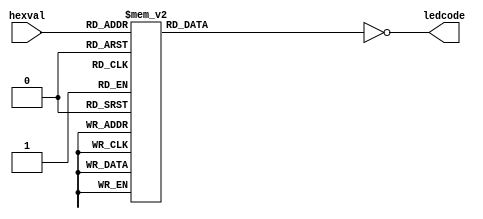
module hex2leds(
	input [3:0] hexval,
	output [6:0] ledcode);
	
	reg [6:0] lc;
	assign ledcode = ~lc;
	
	always @(*)
	    case (hexval)
			4'h0: lc <= 7'b0111111;
			4'h1: lc <= 7'b0000110;
			4'h2: lc <= 7'b1011011;
			4'h3: lc <= 7'b1001111;
			4'h4: lc <= 7'b1100110;
			4'h5: lc <= 7'b1101101;
			4'h6: lc <= 7'b1111101;
			4'h7: lc <= 7'b0000111;
			4'h8: lc <= 7'b1111111;
			4'h9: lc <= 7'b1101111;
			4'hA: lc <= 7'b1110111;
			4'hB: lc <= 7'b1111100;
			4'hC: lc <= 7'b0111001;
			4'hD: lc <= 7'b1011110;
			4'hE: lc <= 7'b1111001;
			4'hF: lc <= 7'b1110001;
		endcase
endmodule